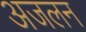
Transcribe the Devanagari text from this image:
अजलन